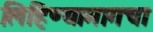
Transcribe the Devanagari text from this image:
लिहिण्यामागचा